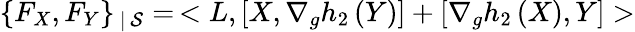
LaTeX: \{ F_{X},F_{Y}\} _{\, |\, {\cal S}}=\, <L,[X,\nabla_{g}h_{2}\, (Y)]+[\nabla_{g}h_{2}\, (X),Y]>